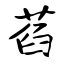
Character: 萏